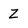
Character: Z